Civil Veterinary Department Bengal reports 1933-51 - 1933-1951
Year: 1933
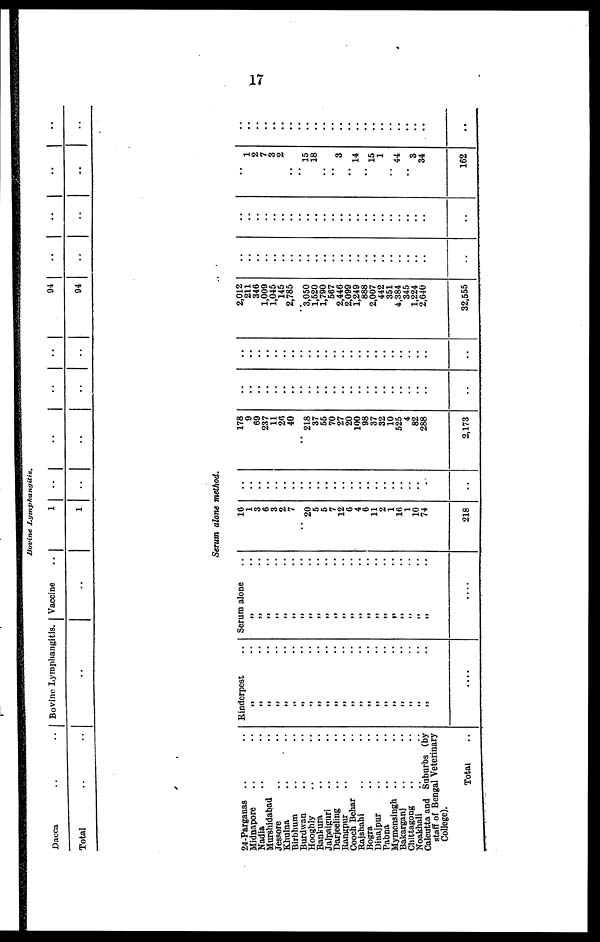
17
Bovine
Lymphangitis.
Dacca ..
Total ..
..
..
Bovine Lymphangitis.
..
Vaccine
..
..
1
1
..
..
..
..
..
..
..
..
94
94
..
..
..
..
..
..
..
..
Serum alone method.
24-Parganas .. ..
Midnapore .. ..
Nadia .. ..
Murshidabad .. ..
Jessore .. ..
Khulna .. ..
Birbhum .. ..
Burdwan .. ..
Hooghly .. ..
Bankura .. ..
Jalpaiguri .. ..
Darjeeling .. ..
Rangpur .. ..
Cooch Behar .. ..
Rajshahi .. ..
Bogra .. ..
Dinajpur .. ..
Pabna .. ..
Mymensingh .. ..
Bakarganj .. ..
Chittagong .. ..
Noakhali .. ..
Calcutta and Suburbs (by
staff of Bengal Veterinary
College).
Total ..
Rinderpest
„ ..
„ ..
„ ..
„ ..
„ ..
„ ..
„ ..
„ ..
„ ..
„ ..
„ ..
„ ..
„ ..
„ ..
„ ..
„ ..
„ ..
„ ..
„ ..
„ ..
„ ..
„ ..
....
Serum alone
„ ..
„ ..
„ ..
„ ..
„ ..
„ ..
„ ..
„ ..
„ ..
„ ..
„ ..
„ ..
„ ..
„ ..
„ ..
„ ..
„ ..
„ ..
„ ..
„ ..
„ ..
„ ..
....
10
1
3
6
3
2
7
20
5
5
7
12
6
4
6
11
2
1
16
1
10
74
218
..
..
..
..
..
..
..
..
..
..
..
..
..
..
..
.. ..
.. ..
..
..
.. ..
..
178
9
69
237
11
26
40
218
37
55
70
27
20
100
98
37
32
10
525
4
82
288
2,173
..
..
..
..
..
..
..
..
..
..
..
..
..
..
..
.. ..
.. ..
..
..
.. ..
..
..
..
..
..
..
..
..
..
..
..
..
..
..
..
..
.. ..
.. ..
..
..
.. ..
..
2,012
211
346
1,009
1,045
145
2,785
..
3,050
1,520
1,790
567
2,446
2,099
1,249
888
2,007
442
351
4,384
845
1,224
2,640
32,555
..
..
..
..
..
..
..
..
..
..
..
..
..
..
..
.. ..
.. ..
..
..
.. ..
..
..
..
..
..
..
..
..
..
..
..
..
..
..
..
..
.. ..
.. ..
..
..
.. ..
..
..
1
2
7
3
2
.. .. 15
18
..
..
3
.. 14
..
15
..
44
..
3
34
162
..
..
..
..
..
..
..
..
..
..
..
..
..
..
..
.. ..
.. ..
..
..
..
..